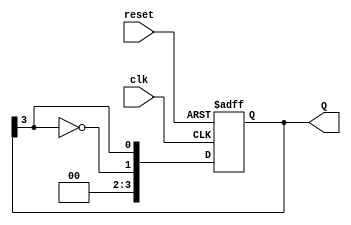
module JohnsonCounter #(parameter N = 4) (
    input wire clk,            // Clock input
    input wire reset,          // Asynchronous reset
    output reg [N-1:0] Q       // Output state of the counter
);

    always @(posedge clk or posedge reset) begin
        if (reset) begin
            Q <= 0;            // Initialize counter to 0 on reset
        end else begin
            Q <= {~Q[N-1], Q[N-1:N-1]};  // Shift and feed back inverted last bit
        end
    end

endmodule